Scottish Leaving Certificate Examination, 1958
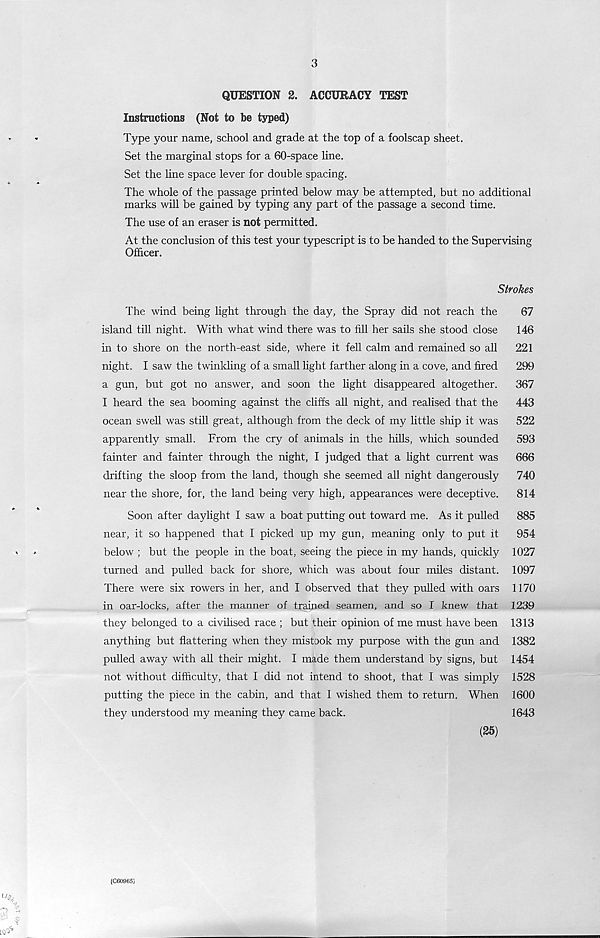
3
QUESTION 2. ACCURACY TEST
Instructions (Not to be typed)
Type your name, school and grade at the top of a foolscap sheet.
Set the marginal stops for a 60-space line.
Set the line space lever for double spacing.
The whole of the passage printed below may be attempted, but no additional
marks will be gained by typing any part of the passage a second time.
The use of an eraser is not permitted.
At the conclusion of this test your typescript is to be handed to the Supervising
Officer.
Strokes
The wind being light through the day, the Spray did not reach the
67
island till night. With what wind there was to fill her sails she stood close
146
in to shore on the north-east side, where it fell calm and remained so all
221
night. I saw the twinkling of a small light farther along in a cove, and fired
299
a gun, but got no answer, and soon the light disappeared altogether.
367
I heard the sea booming against the cliffs all night, and realised that the
443
ocean swell was still great, although from the deck of my little ship it was
522
apparently small. From the cry of animals in the hills, which sounded
593
fainter and fainter through the night, I judged that a light current was
666
drifting the sloop from the land, though she seemed all night dangerously
740
near the shore, for, the land being very high, appearances were deceptive.
814
Soon after daylight I saw a boat putting out toward me. As it pulled
885
near, it so happened that I picked up my gun, meaning only to put it
954
below ; but the people in the boat, seeing the piece in my hands, quickly 1027
turned and pulled back for shore, which was about four miles distant. 1097
There were six rowers in her, and I observed that they pulled with oars 1170
in oar-locks, after the manner of trained seamen, and so I knew that 1239
they belonged to a civilised race ; but their opinion of me must have been 1313
anything but flattering when they mistook my purpose with the gun and 1382
pulled away with all their might. I made them understand by signs, but 1454
not without difficulty, that I did not intend to shoot, that I was simply 1528
putting the piece in the cabin, and that I wished them to return. When 1600
they understood my meaning they came back.
1643
(25)
(C60965)